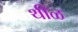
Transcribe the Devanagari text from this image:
थीळ